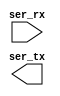

    module tb_uart_decimal (
    input  ser_rx,
    output  ser_tx
    );
	reg [3:0] recv_state;
	reg [2:0] recv_divcnt;
	reg [7:0] recv_pattern;
	reg [8*50-1:0] recv_buf_data;	// 50 characters.  Increase as needed for tests.
	reg [8*50-1:0] recv_buf_rev;	
	reg clk;
	integer i; // Variable para el bucle for
	integer hex_value; // Variable para almacenar el valor decimal
	initial begin
		clk <= 1'b0;
		recv_state <= 0;
		recv_divcnt <= 0;
		recv_pattern <= 0;
		recv_buf_data <= 0;
	end
        always #2650 clk <= (clk === 1'b0);  // working for 9600 baud
	always @(posedge clk) begin
		recv_divcnt <= recv_divcnt + 1;
		case (recv_state)
			0: begin
				if (!ser_rx)
					recv_state <= 1;
				recv_divcnt <= 0;
			end
			1: begin
				if (2*recv_divcnt > 3'd3) begin
					recv_state <= 2;
					recv_divcnt <= 0;
				end
			end
			10: begin
				if (recv_divcnt > 3'd3) begin
					// 0x0a = '\n'
					if (recv_pattern == 8'h0a) 
					begin
						// Invert the string before displaying
						for (i = 0; i < 50; i = i + 1) begin
							recv_buf_rev[8*(50-i-1) +: 8] = recv_buf_data[8*i +: 8];
						end
						hex_value = 0;
                        for (i = 0; i < 50; i = i + 1) begin
                            if (recv_buf_data[8*i +: 8] != 8'h00) begin
                                hex_value = hex_value * 16 + (
                                    (recv_buf_data[8*i +: 8] >= "0" && recv_buf_data[8*i +: 8] <= "9") ?
                                    (recv_buf_data[8*i +: 8] - "0") :
                                    (recv_buf_data[8*i +: 8] - "A" + 10)
                                );
                            end
                        end
                        $display("output (Decimal): %d", hex_value);
						recv_buf_data <= 0;
					end else begin
						recv_buf_data <= {recv_buf_data, recv_pattern};
					end
					recv_state <= 0;
				end
			end
			default: begin
				if (recv_divcnt > 3'd3) begin
					recv_pattern <= {ser_rx, recv_pattern[7:1]};
					recv_state <= recv_state + 1;
					recv_divcnt <= 0;
				end
			end
		endcase
	end
    endmodule